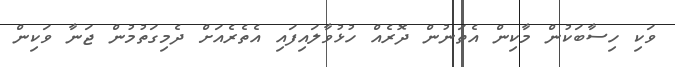
ވަކި ހިސާބަކުން މާކިން އެތަނުން ދޮރެއް ހުޅުވާލައިފައި އެތެރެއަށް ދެމިގަތުމުން ޖަނާ ވަކިން